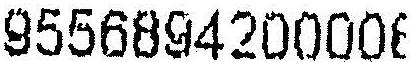
9556894200008